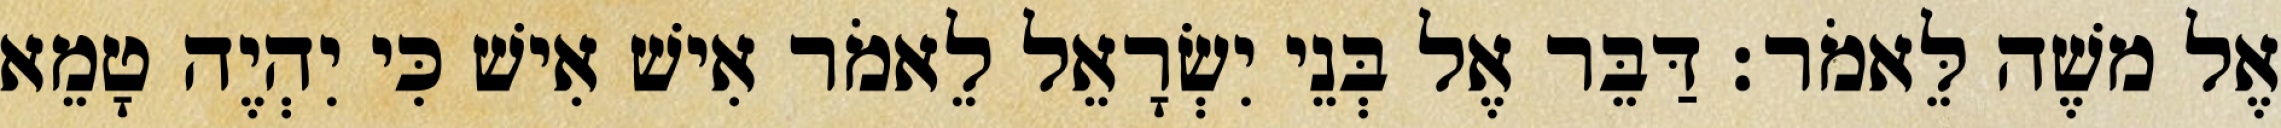
אֶל משֶׁה לֵּאמֹר׃ דַּבֵּר אֶל בְּנֵי יִשְׂרָאֵל לֵאמֹר אִישׁ אִישׁ כִּי יִהְיֶה טָמֵא